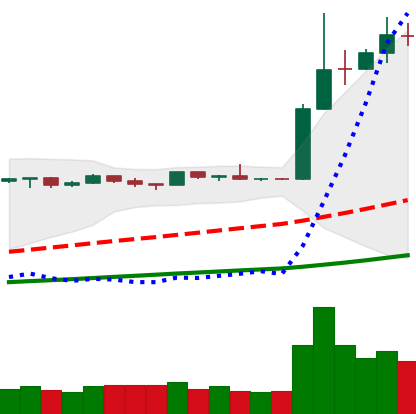
Ticker: LTC-USD
Chart end date: 2019-04-07
Forward return: -14.46%
Label: down_7plus